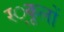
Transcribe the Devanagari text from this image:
स्‍्कूलों